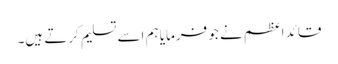
قائد اعظم نے جو فرمایا ہم اسے تسلیم کرتے ہیں۔